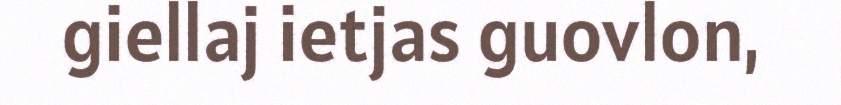
giellaj ietjas guovlon,